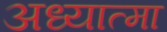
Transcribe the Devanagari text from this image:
अध्यात्मा